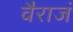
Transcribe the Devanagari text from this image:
वैराजं